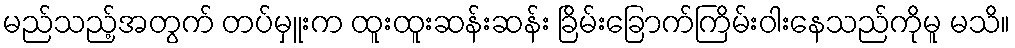
မည်သည့်အတွက် တပ်မှူးက ထူးထူးဆန်းဆန်း ခြိမ်းခြောက်ကြိမ်းဝါးနေသည်ကိုမူ မသိ။